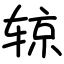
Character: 辌